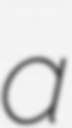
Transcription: a